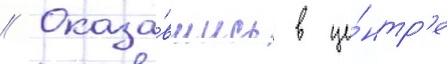
// Оказа́вшись в це́нтр'е